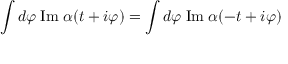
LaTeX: \int d \varphi \; \mathrm { I m } \; \alpha ( t + i \varphi ) = \int d \varphi \; \mathrm { I m } \; \alpha ( - t + i \varphi )